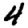
Digit: 4